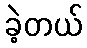
ခဲ့တယ်